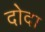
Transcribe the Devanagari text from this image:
दोदा